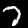
Digit: 7